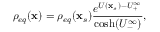
\rho _ { e q } ( \mathbf { x } ) = \rho _ { e q } ( \mathbf { x } _ { s } ) \frac { e ^ { U ( \mathbf { x } _ { s } ) - U _ { + } ^ { \infty } } } { \cosh ( U _ { - } ^ { \infty } ) } ,